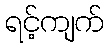
ရင့်ကျက်